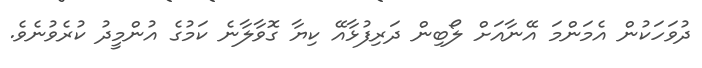
ދުވަހަކުން އެމަންމަ އޭނާއަށް ލޯބިން ދަރިފުޅާއޭ ކިޔާ ގޮވާލާނެ ކަމުގެ އުންމީދު ކުރެވުނެވެ.